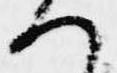
へ